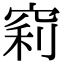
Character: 𥦉